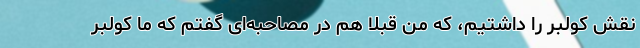
نقش کولبر را داشتیم، که من قبلا هم در مصاحبه‌ای گفتم که ما کولبر